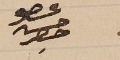
عضو حسن حصِر